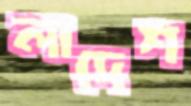
লাদেশ